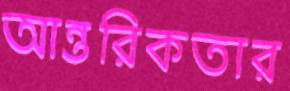
আন্তরিকতার